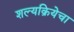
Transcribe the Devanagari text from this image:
शल्यक्रियेचा